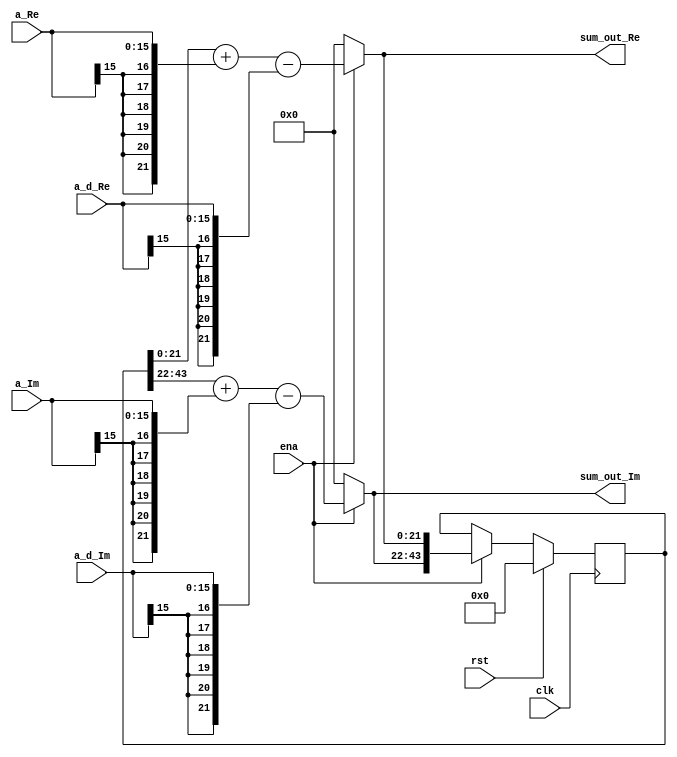
`timescale 1ns / 1ps
//////////////////////////////////////////////////////////////////////////////////
// Company: 
// Engineer: 
// 
// Design Name: 
// Module Name:    Acc_Sum 
// Project Name: 
// Target Devices: 
// Tool versions: 
// Description: 
//
// Dependencies: 
//
// Revision: 
// Revision 0.01 - File Created
// Additional Comments: 
//
//////////////////////////////////////////////////////////////////////////////////
module Acc_Sum(
   input 			clk,rst,
	input 			ena,
	input 			[15:0] a_Re, a_Im,
	input				[15:0] a_d_Re, a_d_Im,
	output signed  [21:0] sum_out_Im, sum_out_Re
   );

reg [43:0] sum_reg;
always @(posedge clk)
begin
	if (rst)			sum_reg <= 44'd0;
	else if(ena)	sum_reg <= {sum_out_Im, sum_out_Re};
end

assign sum_out_Re = (~ena)? 22'd0: $signed(sum_reg[21:0]) + $signed({{6{a_Re[15]}},a_Re}) - $signed({{6{a_d_Re[15]}},a_d_Re}); 
assign sum_out_Im = (~ena)? 22'd0: $signed(sum_reg[43:22]) + $signed({{6{a_Im[15]}},a_Im}) - $signed({{6{a_d_Im[15]}},a_d_Im}); 

endmodule